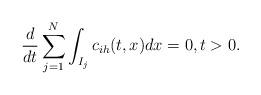
LaTeX: \begin{align*}\frac{d}{dt} \sum_{j=1}^N \int_{I_j} c_{ih}(t, x) dx =0, t>0.\end{align*}